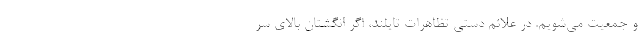
و جمعیت می‌شویم. در علائم دستی تظاهرات تایلند، اگر انگشتان بالای سر